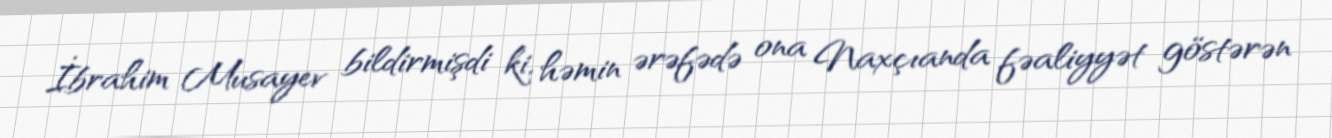
İbrahim Musayev bildirmişdi ki, həmin ərəfədə ona Naxçıanda fəaliyyət göstərən